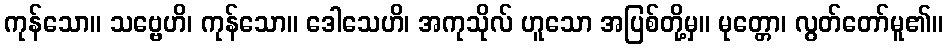
ကုန်သော။ သဗ္ဗေဟိ၊ ကုန်သော။ ဒေါသေဟိ၊ အကုသိုလ် ဟူသော အပြစ်တို့မှ။ မုတ္တော၊ လွတ်တော်မူ၏။